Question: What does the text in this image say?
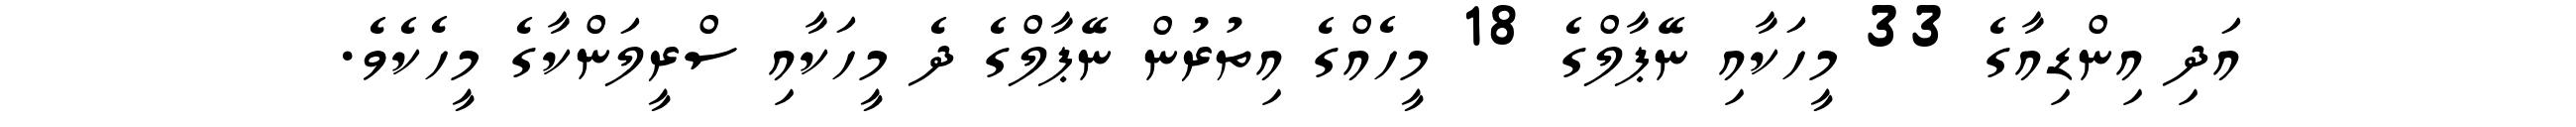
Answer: އަދި އިންޑިއާގެ 33 މީހަކާއި ނޭޕާލްގެ 18 މީހެއްގެ އިތުރުން ނޭޕާލްގެ ދެ މީހަކާއި ސްރީލަންކާގެ މީހެކެވެ.